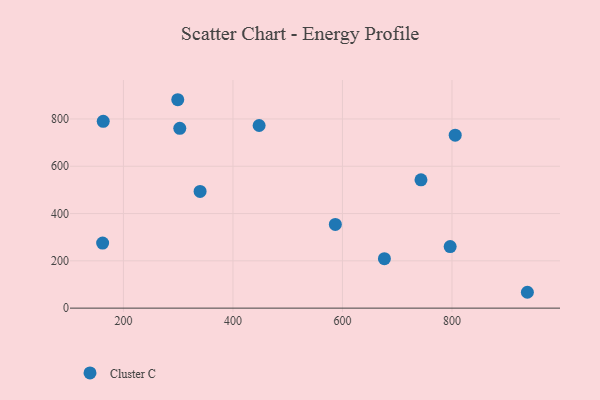
{"axis": {"x": "Price", "y": "Profit"}, "legend": ["Cluster C"], "data": [{"x": "299.2", "y": 881.3, "type": "Cluster C"}, {"x": "447.8", "y": 772.4, "type": "Cluster C"}, {"x": "163.1", "y": 790.0, "type": "Cluster C"}, {"x": "805.9", "y": 731.5, "type": "Cluster C"}, {"x": "302.9", "y": 760.4, "type": "Cluster C"}, {"x": "587.0", "y": 353.8, "type": "Cluster C"}, {"x": "340.0", "y": 493.7, "type": "Cluster C"}, {"x": "162.0", "y": 275.3, "type": "Cluster C"}, {"x": "796.7", "y": 260.3, "type": "Cluster C"}, {"x": "743.4", "y": 542.5, "type": "Cluster C"}, {"x": "937.7", "y": 67.1, "type": "Cluster C"}, {"x": "676.6", "y": 209.0, "type": "Cluster C"}]}